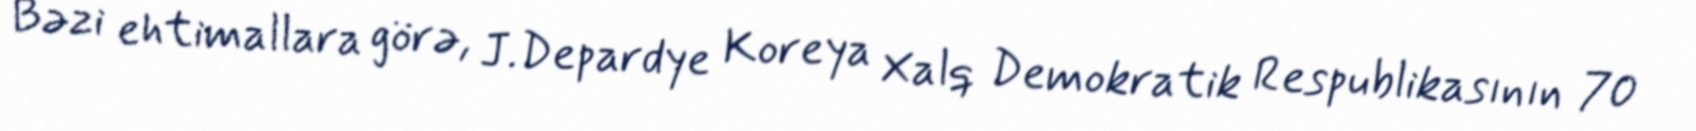
Bəzi ehtimallara görə, J.Depardye Koreya Xalq Demokratik Respublikasının 70